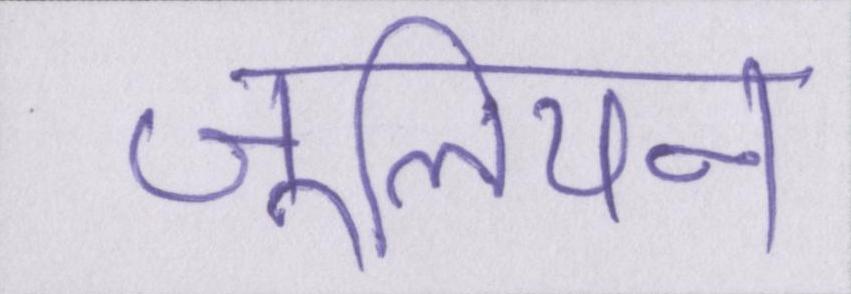
जूलियन